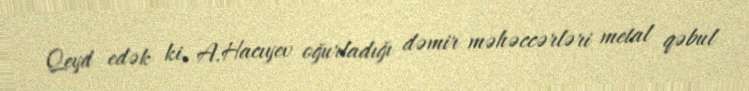
Qeyd edək ki, A.Hacıyev oğurladığı dəmir məhəccərləri metal qəbul